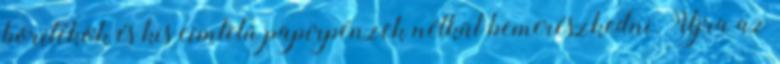
borítékok és kis címletű papírpénzek nélkül bemerészkedni. Újra az